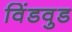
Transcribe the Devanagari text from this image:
विंडवुड